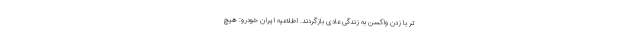
تر با زدن واکسن به زندگی عادی بازگردند. اطلاعیه‌ ایران خودرو: هیچ